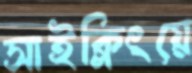
সাইক্লিংয়ে